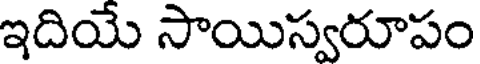
ఇదియే సాయిస్వరూపం